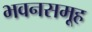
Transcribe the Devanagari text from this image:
भवनसमूह